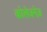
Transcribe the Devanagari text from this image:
कोलेजनेज़